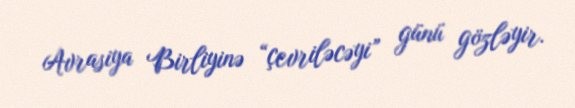
Avrasiya Birliyinə “çevriləcəyi” günü gözləyir.